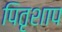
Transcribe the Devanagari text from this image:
पितृशाप